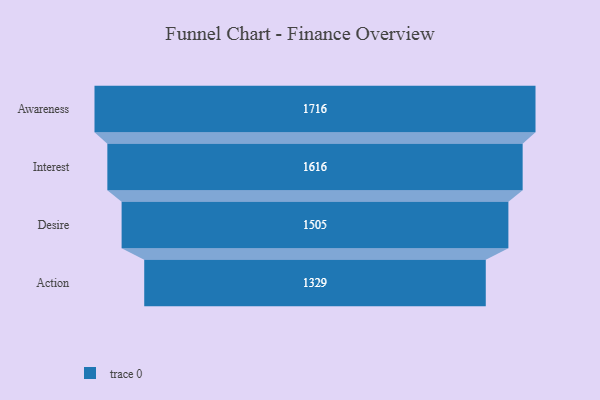
{"axis": {"x": "Stage", "y": "Value"}, "legend": [""], "data": [{"x": "Awareness", "y": 1716.0, "type": ""}, {"x": "Interest", "y": 1616.0, "type": ""}, {"x": "Desire", "y": 1505.0, "type": ""}, {"x": "Action", "y": 1329.0, "type": ""}]}